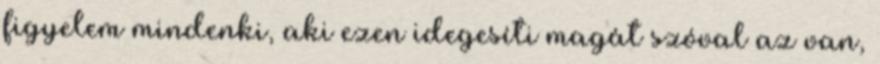
figyelem mindenki, aki ezen idegesíti magát szóval az van,